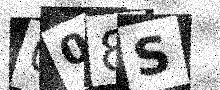
Text: 008S